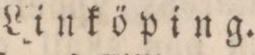
Linköping.